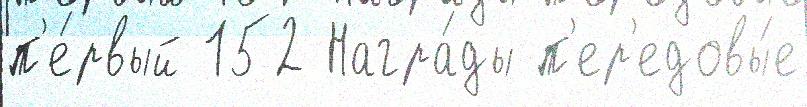
п'е́рвый 152 Награ́ды п'ер'едовы́е